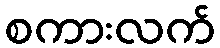
စကားလက်